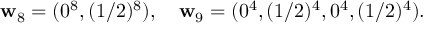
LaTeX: { \bf w } _ { 8 } = ( 0 ^ { 8 } , ( 1 / 2 ) ^ { 8 } ) , \quad { \bf w } _ { 9 } = ( 0 ^ { 4 } , ( 1 / 2 ) ^ { 4 } , 0 ^ { 4 } , ( 1 / 2 ) ^ { 4 } ) .